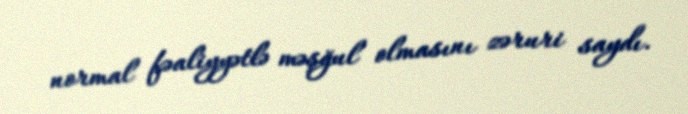
normal fəaliyyətlə məşğul olmasını zəruri saydı.